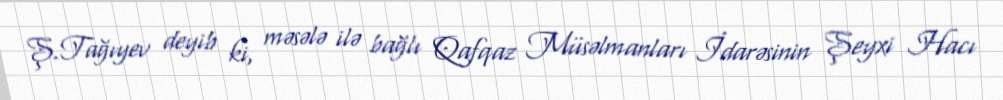
Ş.Tağıyev deyib ki, məsələ ilə bağlı Qafqaz Müsəlmanları İdarəsinin Şeyxi Hacı